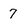
Character: 7